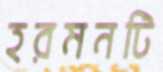
হরমনটি